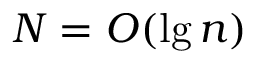
N = O ( \lg n )